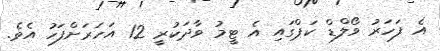
އެ ފަހަރު ވޯލްޑް ކަޕްގައި އެ ޓީމު ވާދަކުރީ 12 އަހަރަށްފަހު އެވެ.